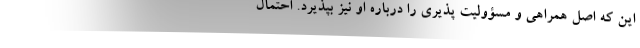
این که اصل همراهی و مسؤولیت پذیری را درباره او نیز بپذیرد. احتمال